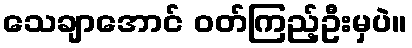
သေချာအောင် ဝတ်ကြည့်ဦးမှပဲ။